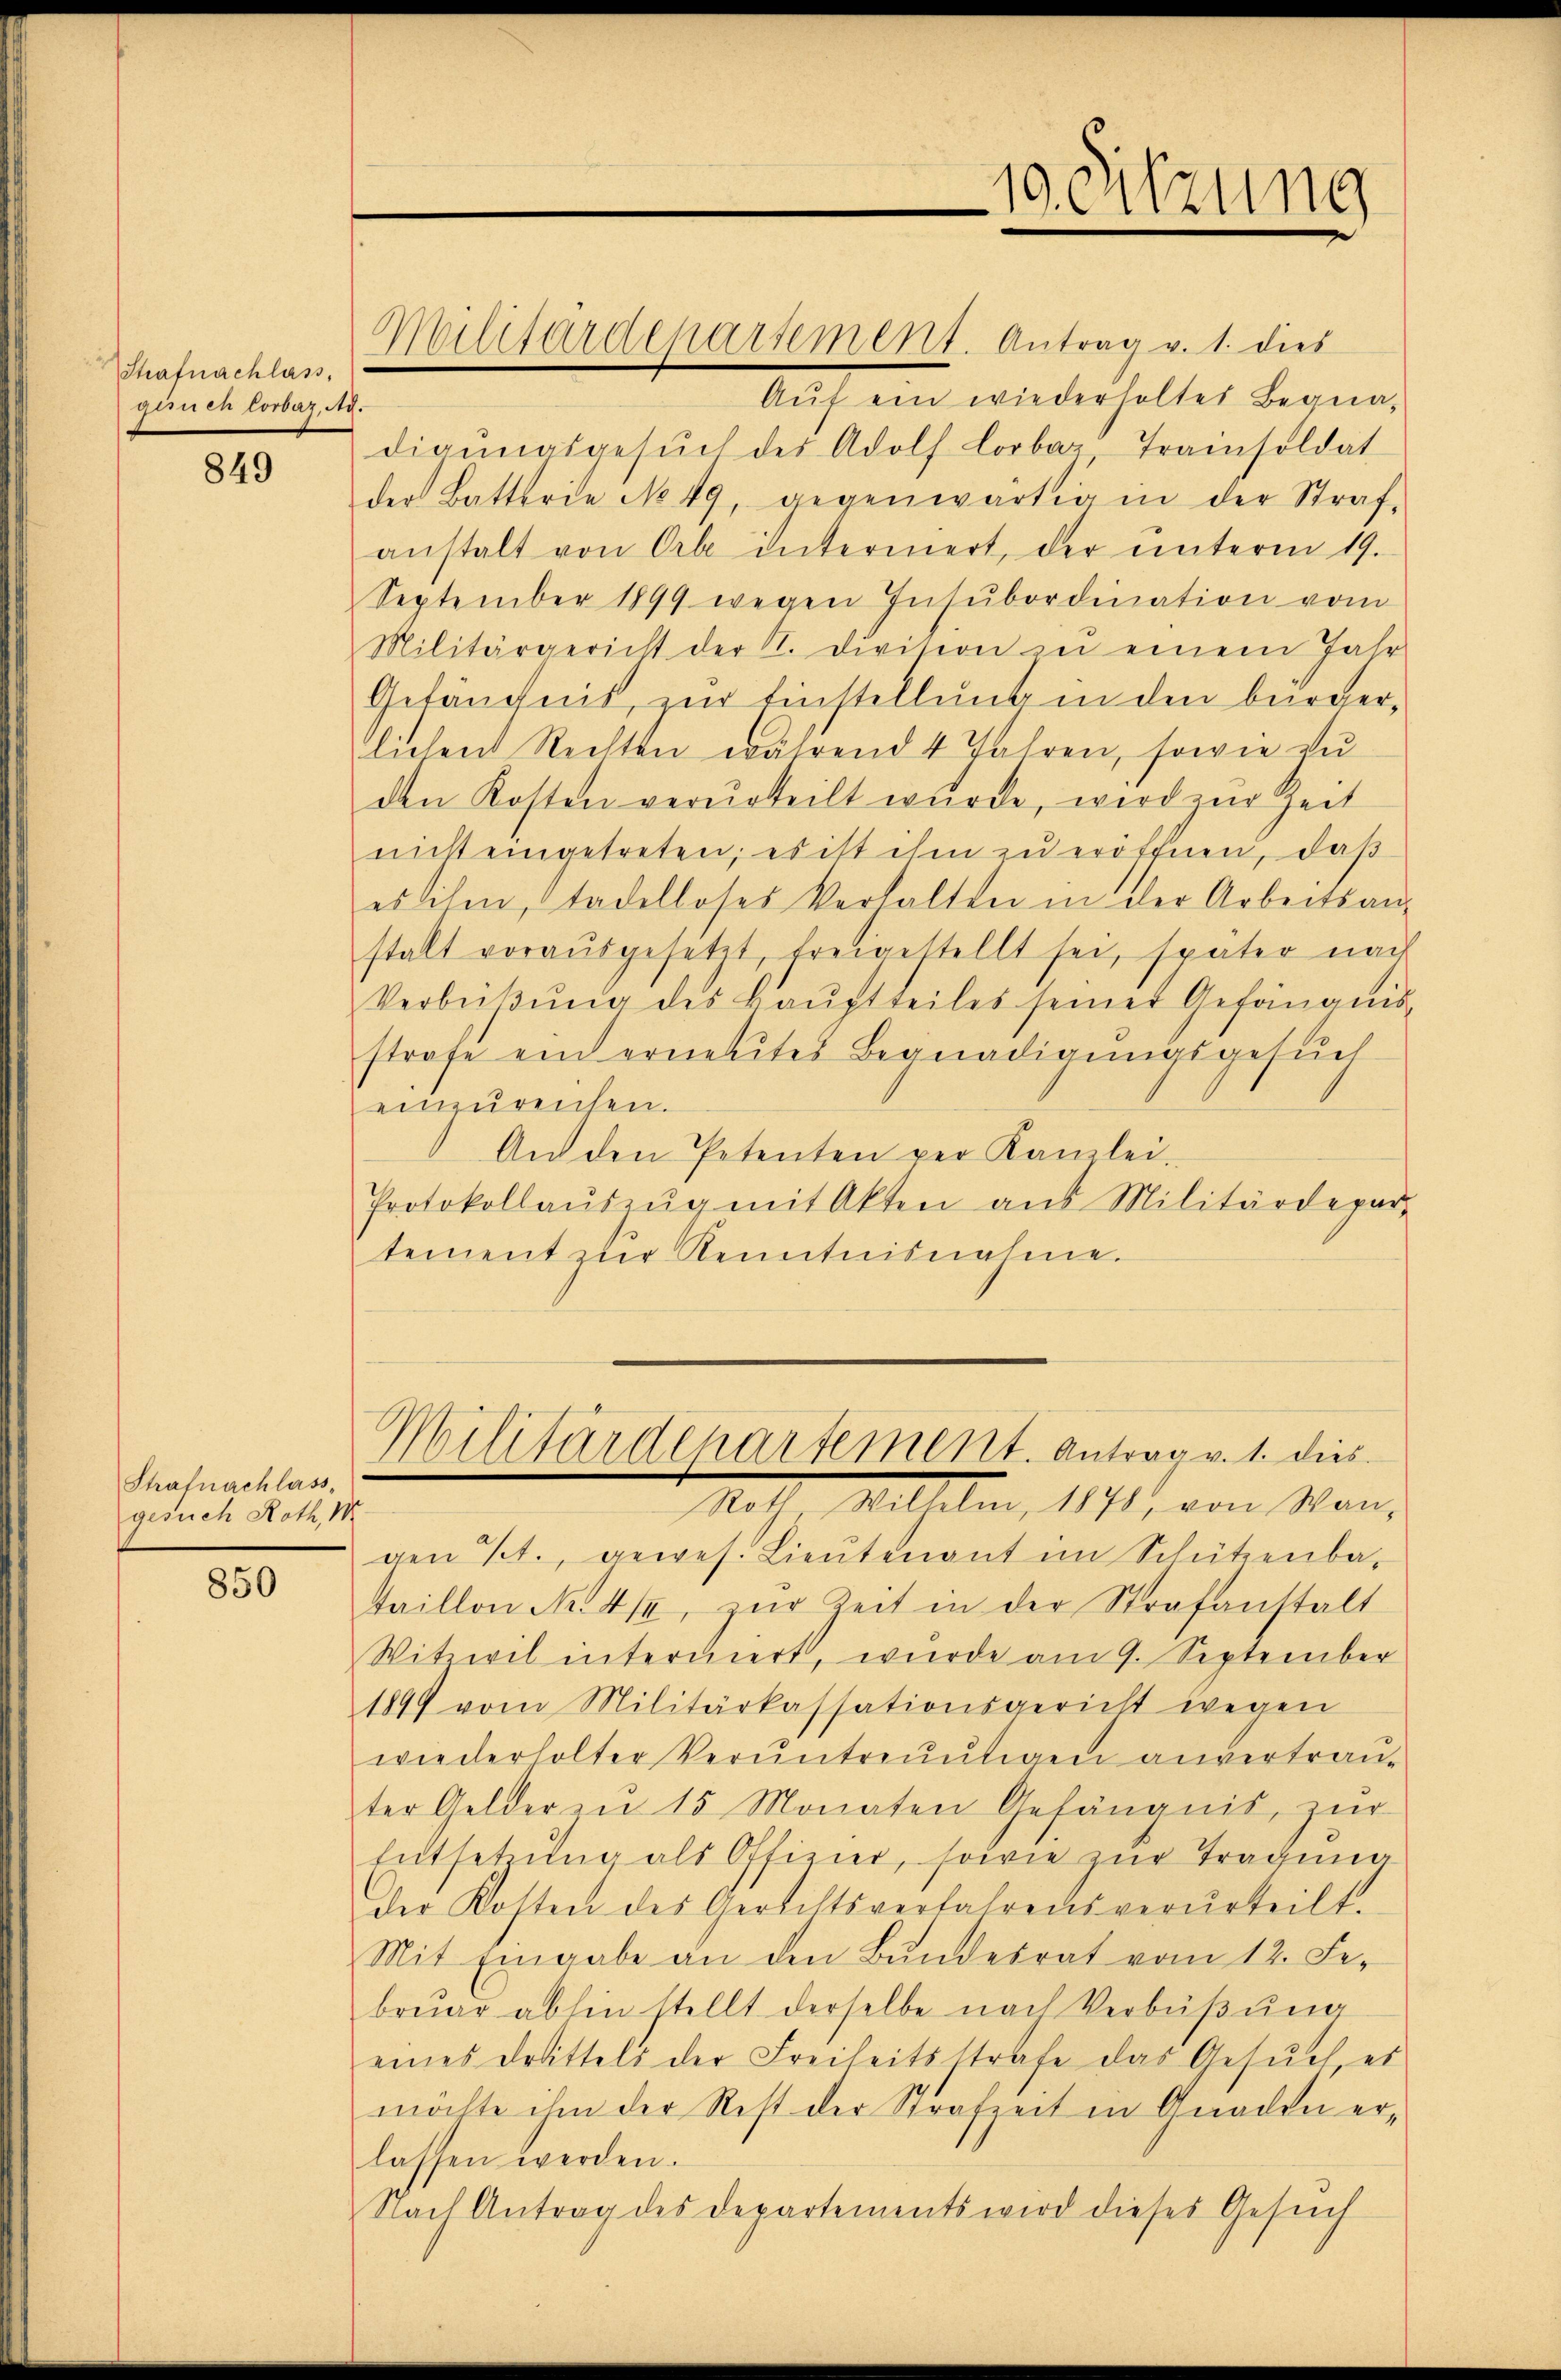
Strafnachlass,
gisich Corbaz, A.

849

Strafnachlass
gesuch Roth, M

850

Auf ein wiederhaltet Braundigŭngsgesŭch des Adolf Loobar Trainsoldat
der Batterie No 49, gegenwärtigen der Straf-
anstalt von Orte intermert, der unterm 19.
September 1899 wegen Insubordination vom
Militärgericht der A. Division in einem Jahr
Gefängnis, zur Einstellung in den bürgerlichen Rechten während 4 Jahren, sowie zu
den Kosten verurteilt wurde, wird zur Zeit
nicht eingetreten; es ist ihm zu eröffnen, daß
eslisen, tadelloses Verhalten in der Arbeitsan-
stalt vorausgesetzt, freigestellt sei, später nach
Verbüβŭng des Haŭptteiles seiner Gefängnis
strafe ein erneutes Begnadigungsgesuch
einzureichen.
An den Petenten per Kanzlei.
Protokollaŭszŭg mit Akten aus Militärdepar-
tement zur Kenntnisnahme.

Militärdepartement. Antrag v. 1. dies

gen 7., gewes. Lieŭtenant im Schützenba-
taillon Nr. 414, zŭr Zeit in der Strafanstalt
Witweil interniert, wurde am 9. September
1849 vom Militärkassationsgericht wegen
wiederholter Veruntreutigen anvertrau-
ter Gelder zŭ 15 Monaten Gefängnis, zŭr
Entsetzŭng als Offizier, sowie zŭr Tragina
Der Kosten des Gerichtsverfahrens verurteilt.
Mit Eingabe an den Bŭndesrat vom 12. Fe
brŭar abhin stellt derselbe nach Verbüβŭng
eines Drittels der Freiheitsstrafe das Gesuch es
möchte ihm der Rest der Strafzeit in Gnaden erlassen werden.
Nach Antrag des Departements wird dieses Gesŭch

Militärdepartement. Antrag v. 1. dies
Not. Mithelm, 1870 von Man-

19. Sitzung